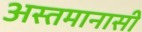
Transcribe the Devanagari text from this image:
अस्तमानासी